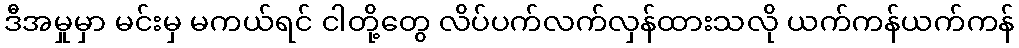
ဒီအမှုမှာ မင်းမှ မကယ်ရင် ငါတို့တွေ လိပ်ပက်လက်လှန်ထားသလို ယက်ကန်ယက်ကန်